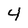
Character: 4